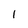
Character: 1